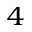
^ { 4 }